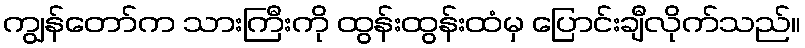
ကျွန်တော်က သားကြီးကို ထွန်းထွန်းထံမှ ပြောင်းချီလိုက်သည်။